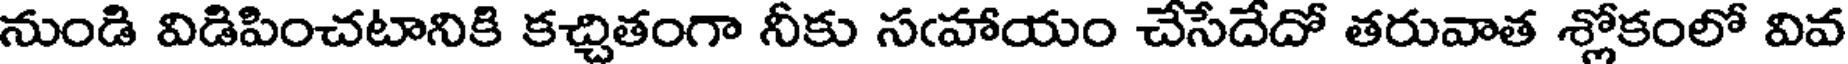
నుండి విడిపించటానికి కచ్చితంగా నీకు సఁహాయం చేసేదేదో తరువాత శ్లోకంలో వివ